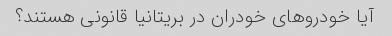
آیا خودروهای خودران در بریتانیا قانونی هستند؟